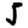
Digit: 5